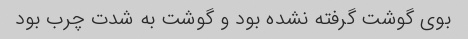
بوی گوشت گرفته نشده بود و گوشت به شدت چرب بود